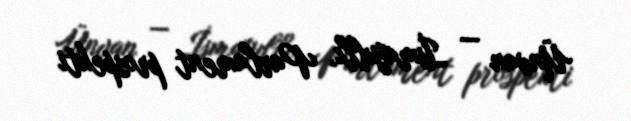
Ünvan — İsmayıllı, Parlament prospekti